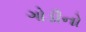
ગોડીનો